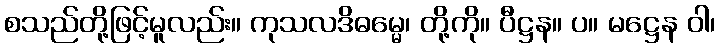
စသည်တို့ဖြင့်မူလည်း။ ကုသလဒိဓမ္မေ၊ တို့ကို။ ပီဋ္ဌန။ ပ။ မဋ္ဌေန ဝါ၊